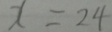
x = 2 4